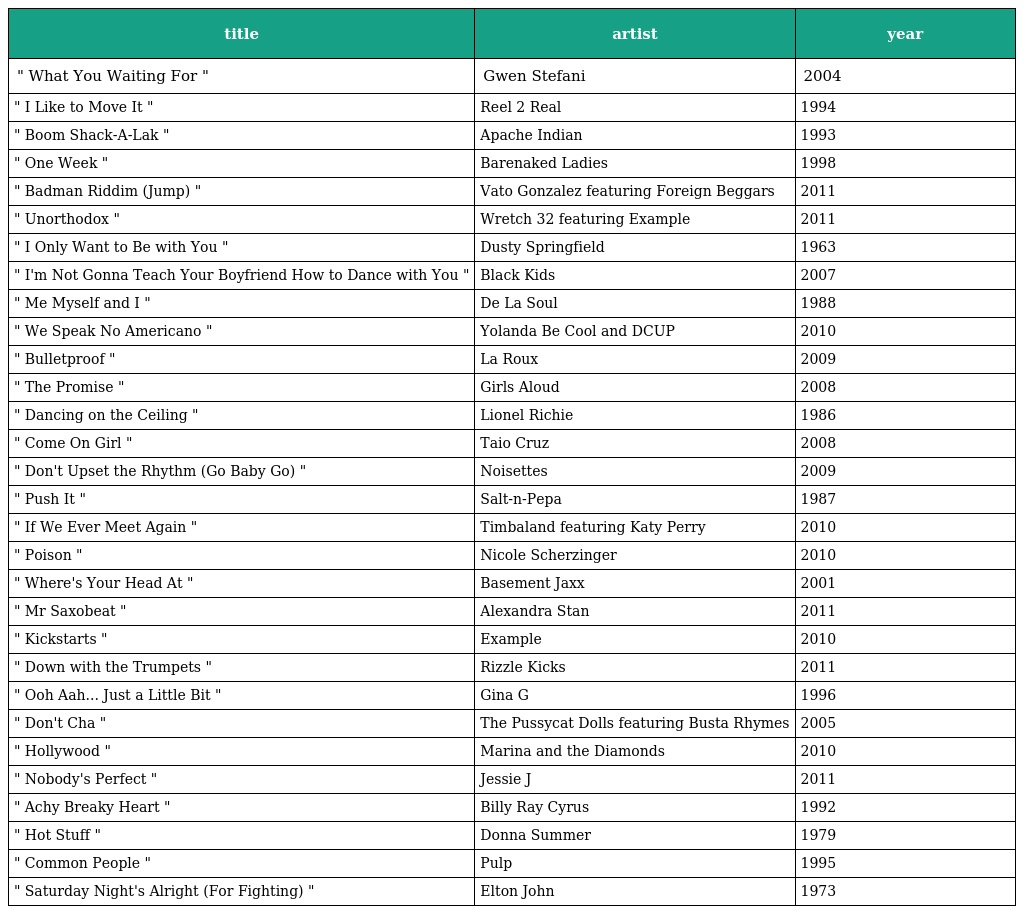
| title | artist | year |
 | --- | --- | --- |
 | " What You Waiting For " | Gwen Stefani | 2004 |
 | " I Like to Move It " | Reel 2 Real | 1994 |
 | " Boom Shack-A-Lak " | Apache Indian | 1993 |
 | " One Week " | Barenaked Ladies | 1998 |
 | " Badman Riddim (Jump) " | Vato Gonzalez featuring Foreign Beggars | 2011 |
 | " Unorthodox " | Wretch 32 featuring Example | 2011 |
 | " I Only Want to Be with You " | Dusty Springfield | 1963 |
 | " I'm Not Gonna Teach Your Boyfriend How to Dance with You " | Black Kids | 2007 |
 | " Me Myself and I " | De La Soul | 1988 |
 | " We Speak No Americano " | Yolanda Be Cool and DCUP | 2010 |
 | " Bulletproof " | La Roux | 2009 |
 | " The Promise " | Girls Aloud | 2008 |
 | " Dancing on the Ceiling " | Lionel Richie | 1986 |
 | " Come On Girl " | Taio Cruz | 2008 |
 | " Don't Upset the Rhythm (Go Baby Go) " | Noisettes | 2009 |
 | " Push It " | Salt-n-Pepa | 1987 |
 | " If We Ever Meet Again " | Timbaland featuring Katy Perry | 2010 |
 | " Poison " | Nicole Scherzinger | 2010 |
 | " Where's Your Head At " | Basement Jaxx | 2001 |
 | " Mr Saxobeat " | Alexandra Stan | 2011 |
 | " Kickstarts " | Example | 2010 |
 | " Down with the Trumpets " | Rizzle Kicks | 2011 |
 | " Ooh Aah... Just a Little Bit " | Gina G | 1996 |
 | " Don't Cha " | The Pussycat Dolls featuring Busta Rhymes | 2005 |
 | " Hollywood " | Marina and the Diamonds | 2010 |
 | " Nobody's Perfect " | Jessie J | 2011 |
 | " Achy Breaky Heart " | Billy Ray Cyrus | 1992 |
 | " Hot Stuff " | Donna Summer | 1979 |
 | " Common People " | Pulp | 1995 |
 | " Saturday Night's Alright (For Fighting) " | Elton John | 1973 |